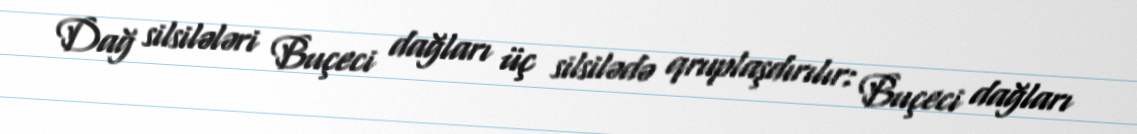
Dağ silsilələri Buçeci dağları üç silsilədə qruplaşdırılır: Buçeci dağları